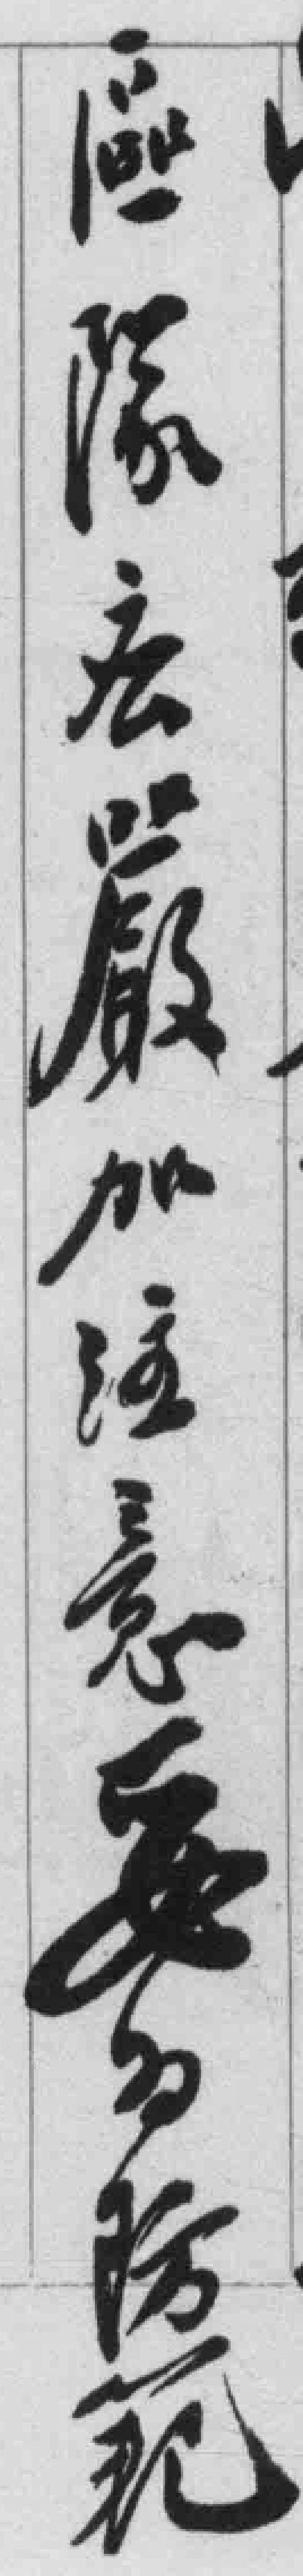
區隊应嚴加注意妥为防範